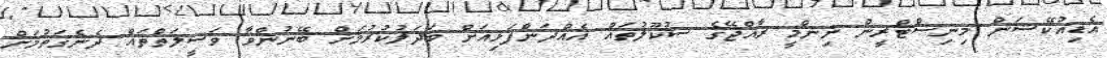
އެޑިއުކޭޝަން މިނިސްޓްރީން ނިންމީ ރާއްޖޭގެ ސުކޫލުތައް އެއްދަންފަޅިއަށް ބަދަލުކުރުމަށް ބޭނުންވާ ވަސީލަތްތައް ދެނެގަތުމަށް